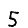
Digit: 5